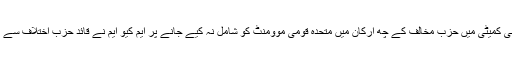
اس پارلیمانی کمیٹی میں حزب مخالف کے چھ ارکان میں متحدہ قومی موومنٹ کو شامل نہ کیے جانے پر ایم کیو ایم نے قائد حزب اختلاف سے احتجاج کیا۔